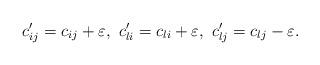
LaTeX: \begin{align*} c'_{ij}=c_{ij}+\varepsilon,\ c'_{li}=c_{li}+\varepsilon,\ c'_{lj}=c_{lj}-\varepsilon.\end{align*}